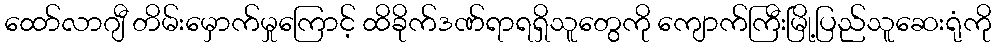
ထော်လာဂျီ တိမ်းမှောက်မှုကြောင့် ထိခိုက်ဒဏ်ရာရရှိသူတွေကို ကျောက်ကြီးမြို့ပြည်သူဆေးရုံကို